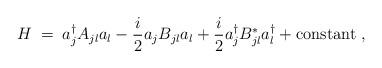
LaTeX: \begin{align*}H\;=\;a_j^\dagger A_{jl} a_l - \frac{i}{2} a_j B_{jl} a_l + \frac{i}{2} a_j^\dagger B^*_{jl} a_l^\dagger + {\rm constant}\;,\end{align*}